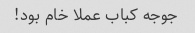
جوجه کباب عملا خام بود!